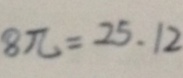
8 \pi = 2 5 . 1 2